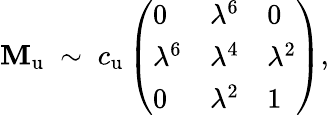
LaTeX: \mathbf{M}_{\mathrm{{u}}}\; \sim\; c_{\mathrm{{u}}}\left(\begin{array}{lll}{{0}}&{{\lambda^{6}}}&{{0}}\\ {{\lambda^{6}}}&{{\lambda^{4}}}&{{\lambda^{2}}}\\ {{0}}&{{\lambda^{2}}}&{{1}}\end{array}\right),